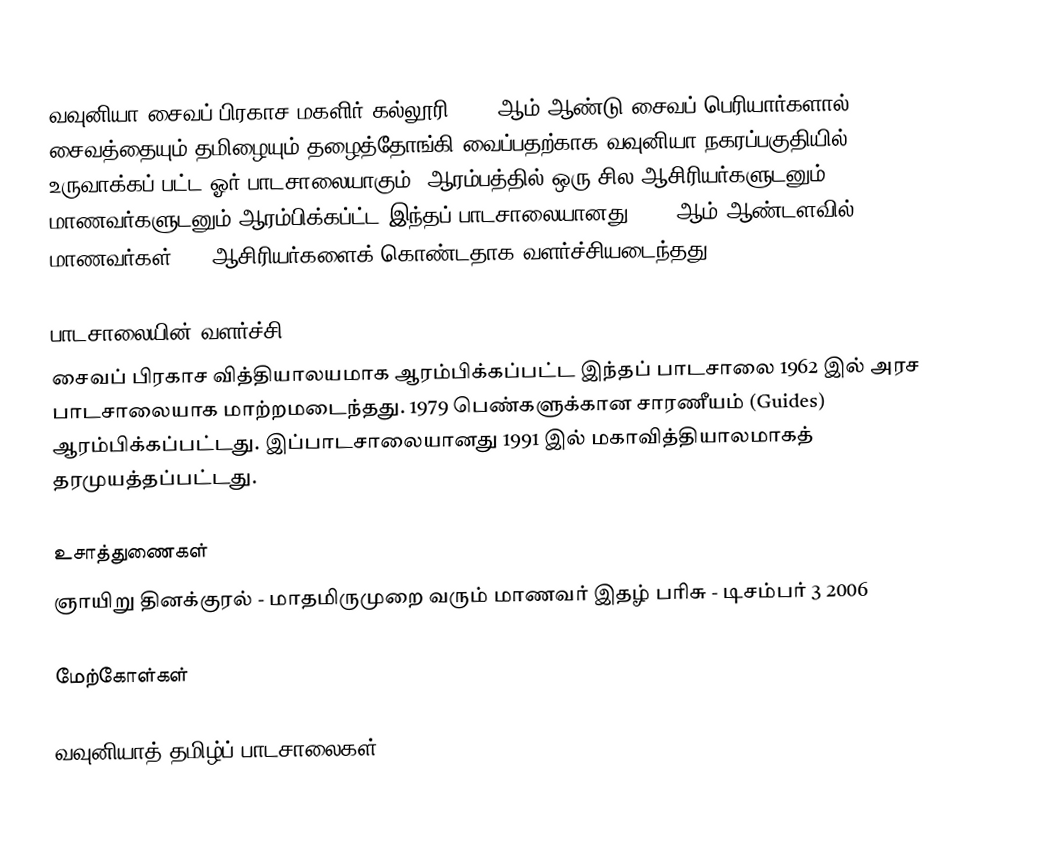
வவுனியா சைவப் பிரகாச மகளிர் கல்லூரி 1934 ஆம் ஆண்டு சைவப் பெரியார்களால் சைவத்தையும் தமிழையும் தழைத்தோங்கி வைப்பதற்காக வவுனியா நகரப்பகுதியில் உருவாக்கப் பட்ட ஓர் பாடசாலையாகும். ஆரம்பத்தில் ஒரு சில ஆசிரியர்களுடனும் மாணவர்களுடனும் ஆரம்பிக்கப்ட்ட இந்தப் பாடசாலையானது 2006 ஆம் ஆண்டளவில் 1901 மாணவர்கள் 102 ஆசிரியர்களைக் கொண்டதாக வளர்ச்சியடைந்தது.

பாடசாலையின் வளர்ச்சி
சைவப் பிரகாச வித்தியாலயமாக ஆரம்பிக்கப்பட்ட இந்தப் பாடசாலை 1962 இல் அரச பாடசாலையாக மாற்றமடைந்தது. 1979 பெண்களுக்கான சாரணீயம் (Guides) ஆரம்பிக்கப்பட்டது. இப்பாடசாலையானது 1991 இல் மகாவித்தியாலமாகத் தரமுயத்தப்பட்டது.

உசாத்துணைகள்
ஞாயிறு தினக்குரல் - மாதமிருமுறை வரும் மாணவர் இதழ் பரிசு - டிசம்பர் 3 2006

மேற்கோள்கள்

வவுனியாத் தமிழ்ப் பாடசாலைகள்